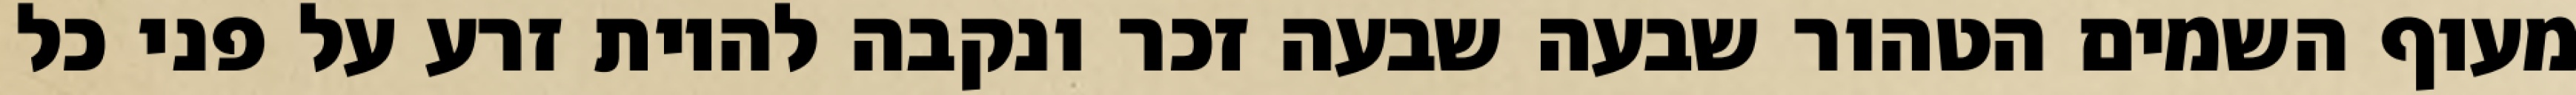
מעוף השמים הטהור שבעה שבעה זכר ונקבה להיות זרע על פני כל